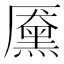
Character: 黡